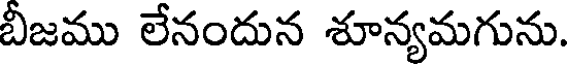
బీజము లేనందున శూన్యమగును.